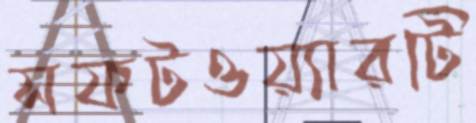
সফটওয়্যারটি